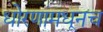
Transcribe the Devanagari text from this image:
धोरणांमधूनच